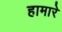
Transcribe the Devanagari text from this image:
हामारे